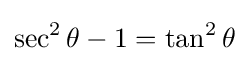
\sec ^{2}\theta -1=\tan ^{2}\theta